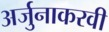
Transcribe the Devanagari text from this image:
अर्जुनाकरवी